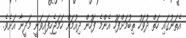
އެތަނުގައި ހަތް ދުވަހު ތިބުމަށްފަހު އެންމެ ފަހުން ދިއުމަށް ހަމަޖެހިފައިވަނީ މަދީނާ އަށެވެ.